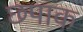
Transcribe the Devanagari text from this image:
छपाक